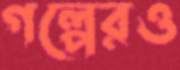
গল্পেরও